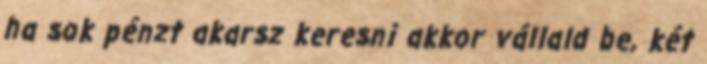
ha sok pénzt akarsz keresni akkor vállald be, két